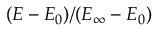
( E - E _ { 0 } ) / ( E _ { \infty } - E _ { 0 } )